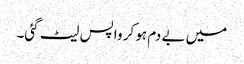
میں بے دم ہو کر واپس لیٹ گئی۔